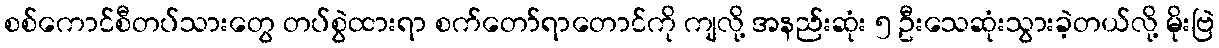
စစ်ကောင်စီတပ်သားတွေ တပ်စွဲထားရာ စက်တော်ရာတောင်ကို ကျလို့ အနည်းဆုံး ၅ ဦးသေဆုံးသွားခဲ့တယ်လို့ မိုးဗြဲ